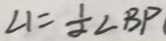
\angle 1 = \frac { 1 } { 2 } \angle B P